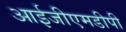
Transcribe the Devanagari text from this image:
आईजीएमडीपी